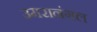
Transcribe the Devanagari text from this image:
उमरानंगल